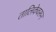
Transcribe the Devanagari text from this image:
तालिकेवरून